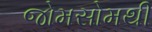
જોમસોમથી